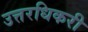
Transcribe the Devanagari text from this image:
उत्तरधिकरी